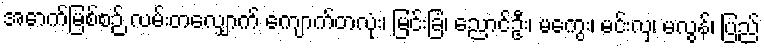
အောက်မြစ်စဉ် လမ်းတလျှောက် ကျောက်တလုံး၊ မြင်းခြံ၊ ညောင်ဦး၊ မကွေး၊ မင်းလှ၊ မလွန်၊ ပြည်